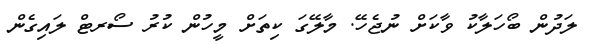
ލަދުން ބޯހަލާކު ވާކަށް ނުޖެހޭ. މާލޭގަ ކިތަށް މީހުން ކުރު ސޯރޓް ލައިގެން